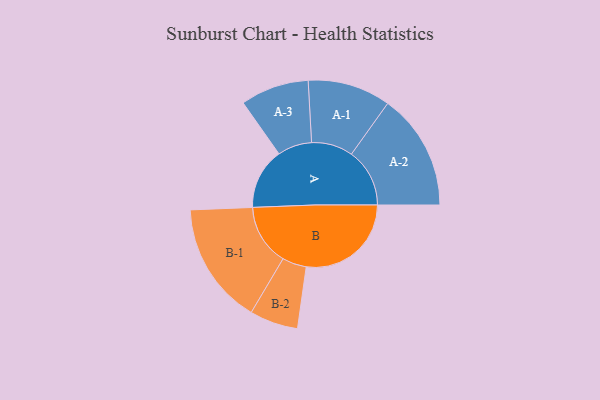
{"axis": {"x": "Segment", "y": "Value"}, "legend": ["", "A", "B"], "data": [{"x": "A", "y": 280, "type": ""}, {"x": "B", "y": 481, "type": ""}, {"x": "A-1", "y": 190, "type": "A"}, {"x": "A-2", "y": 267, "type": "A"}, {"x": "A-3", "y": 157, "type": "A"}, {"x": "B-1", "y": 280, "type": "B"}, {"x": "B-2", "y": 111, "type": "B"}]}